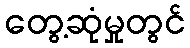
တွေ့ဆုံမှုတွင်